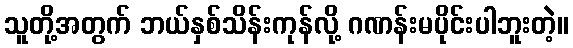
သူတို့အတွက် ဘယ်နှစ်သိန်းကုန်လို့ ဂဏန်းမပိုင်းပါဘူးတဲ့။